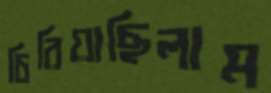
চিরিয়াছিলাম